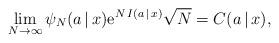
LaTeX: \begin{align*}\lim_{N\to\infty} \psi_N(a\,|\,x) {\rm e}^{N\,I(a\,|\,x)} \sqrt{N} = C(a\,|\,x),\end{align*}